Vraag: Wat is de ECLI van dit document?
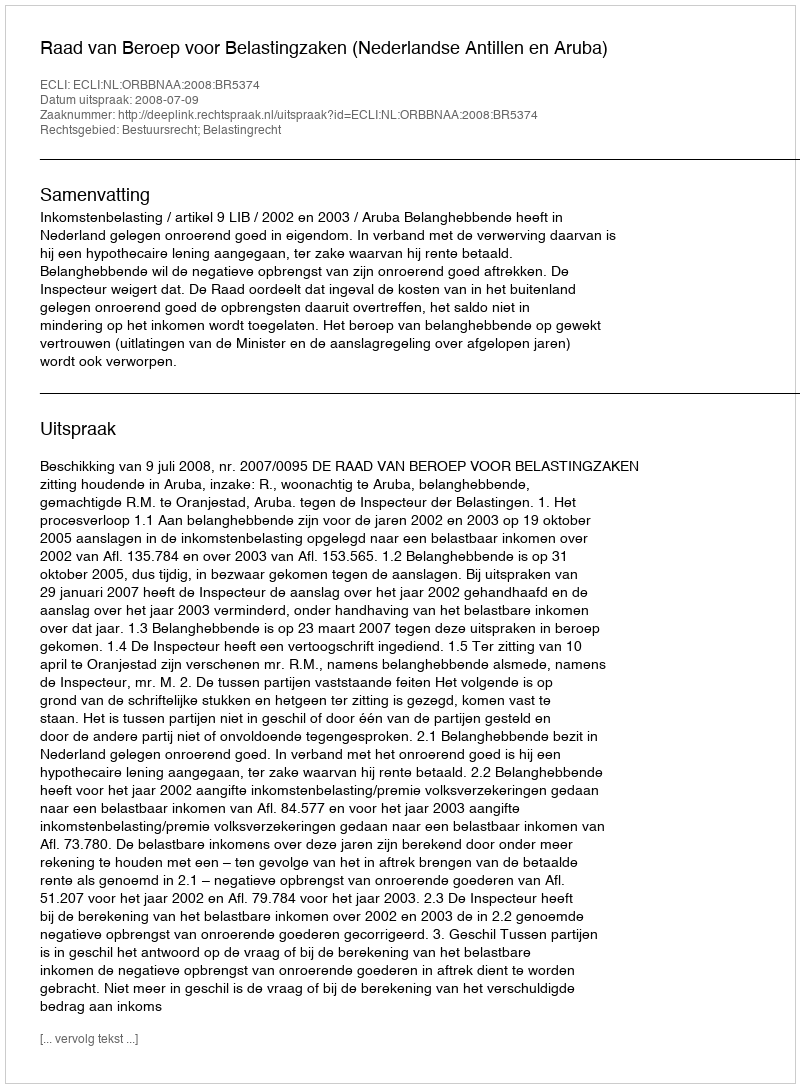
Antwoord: ECLI:NL:ORBBNAA:2008:BR5374